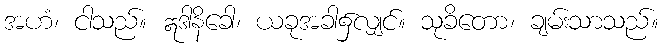
အဟံ၊ ငါသည်။ ဣဒါနိခေါ၊ ယခုအခါ၌လျှင်။ သုခိတော၊ ချမ်းသာသည်။